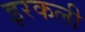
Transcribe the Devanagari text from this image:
इरकली